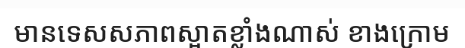
មានទេសសភាពស្អាតខ្លាំងណាស់ ខាងក្រោម